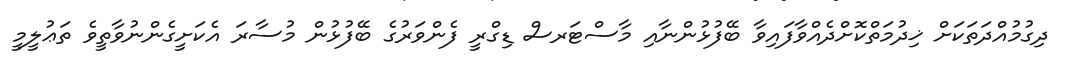
ދިގުމުއްދަތަކަށް ޚިދުމަތްކޮށްދެއްވާފައިވާ ބޭފުޅުންނާއި މާސްޓަރސް ޑިގްރީ ފެންވަރުގެ ބޭފުޅުން މުސާރަ އެކަށީގެންނުވާތީވެ ތަޢުލީމީ